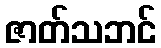
ဇာတ်သဘင်